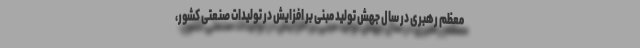
معظم رهبری در سال جهش تولید مبنی بر افزایش در تولیدات صنعتی کشور،